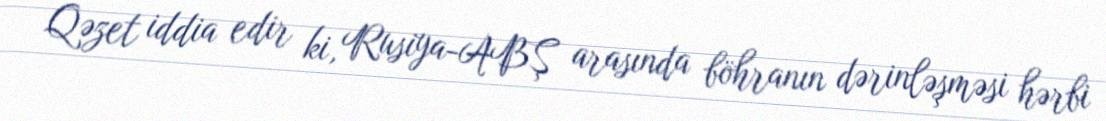
Qəzet iddia edir ki, Rusiya-ABŞ arasında böhranın dərinləşməsi hərbi